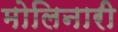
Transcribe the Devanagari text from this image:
मोलिनारी